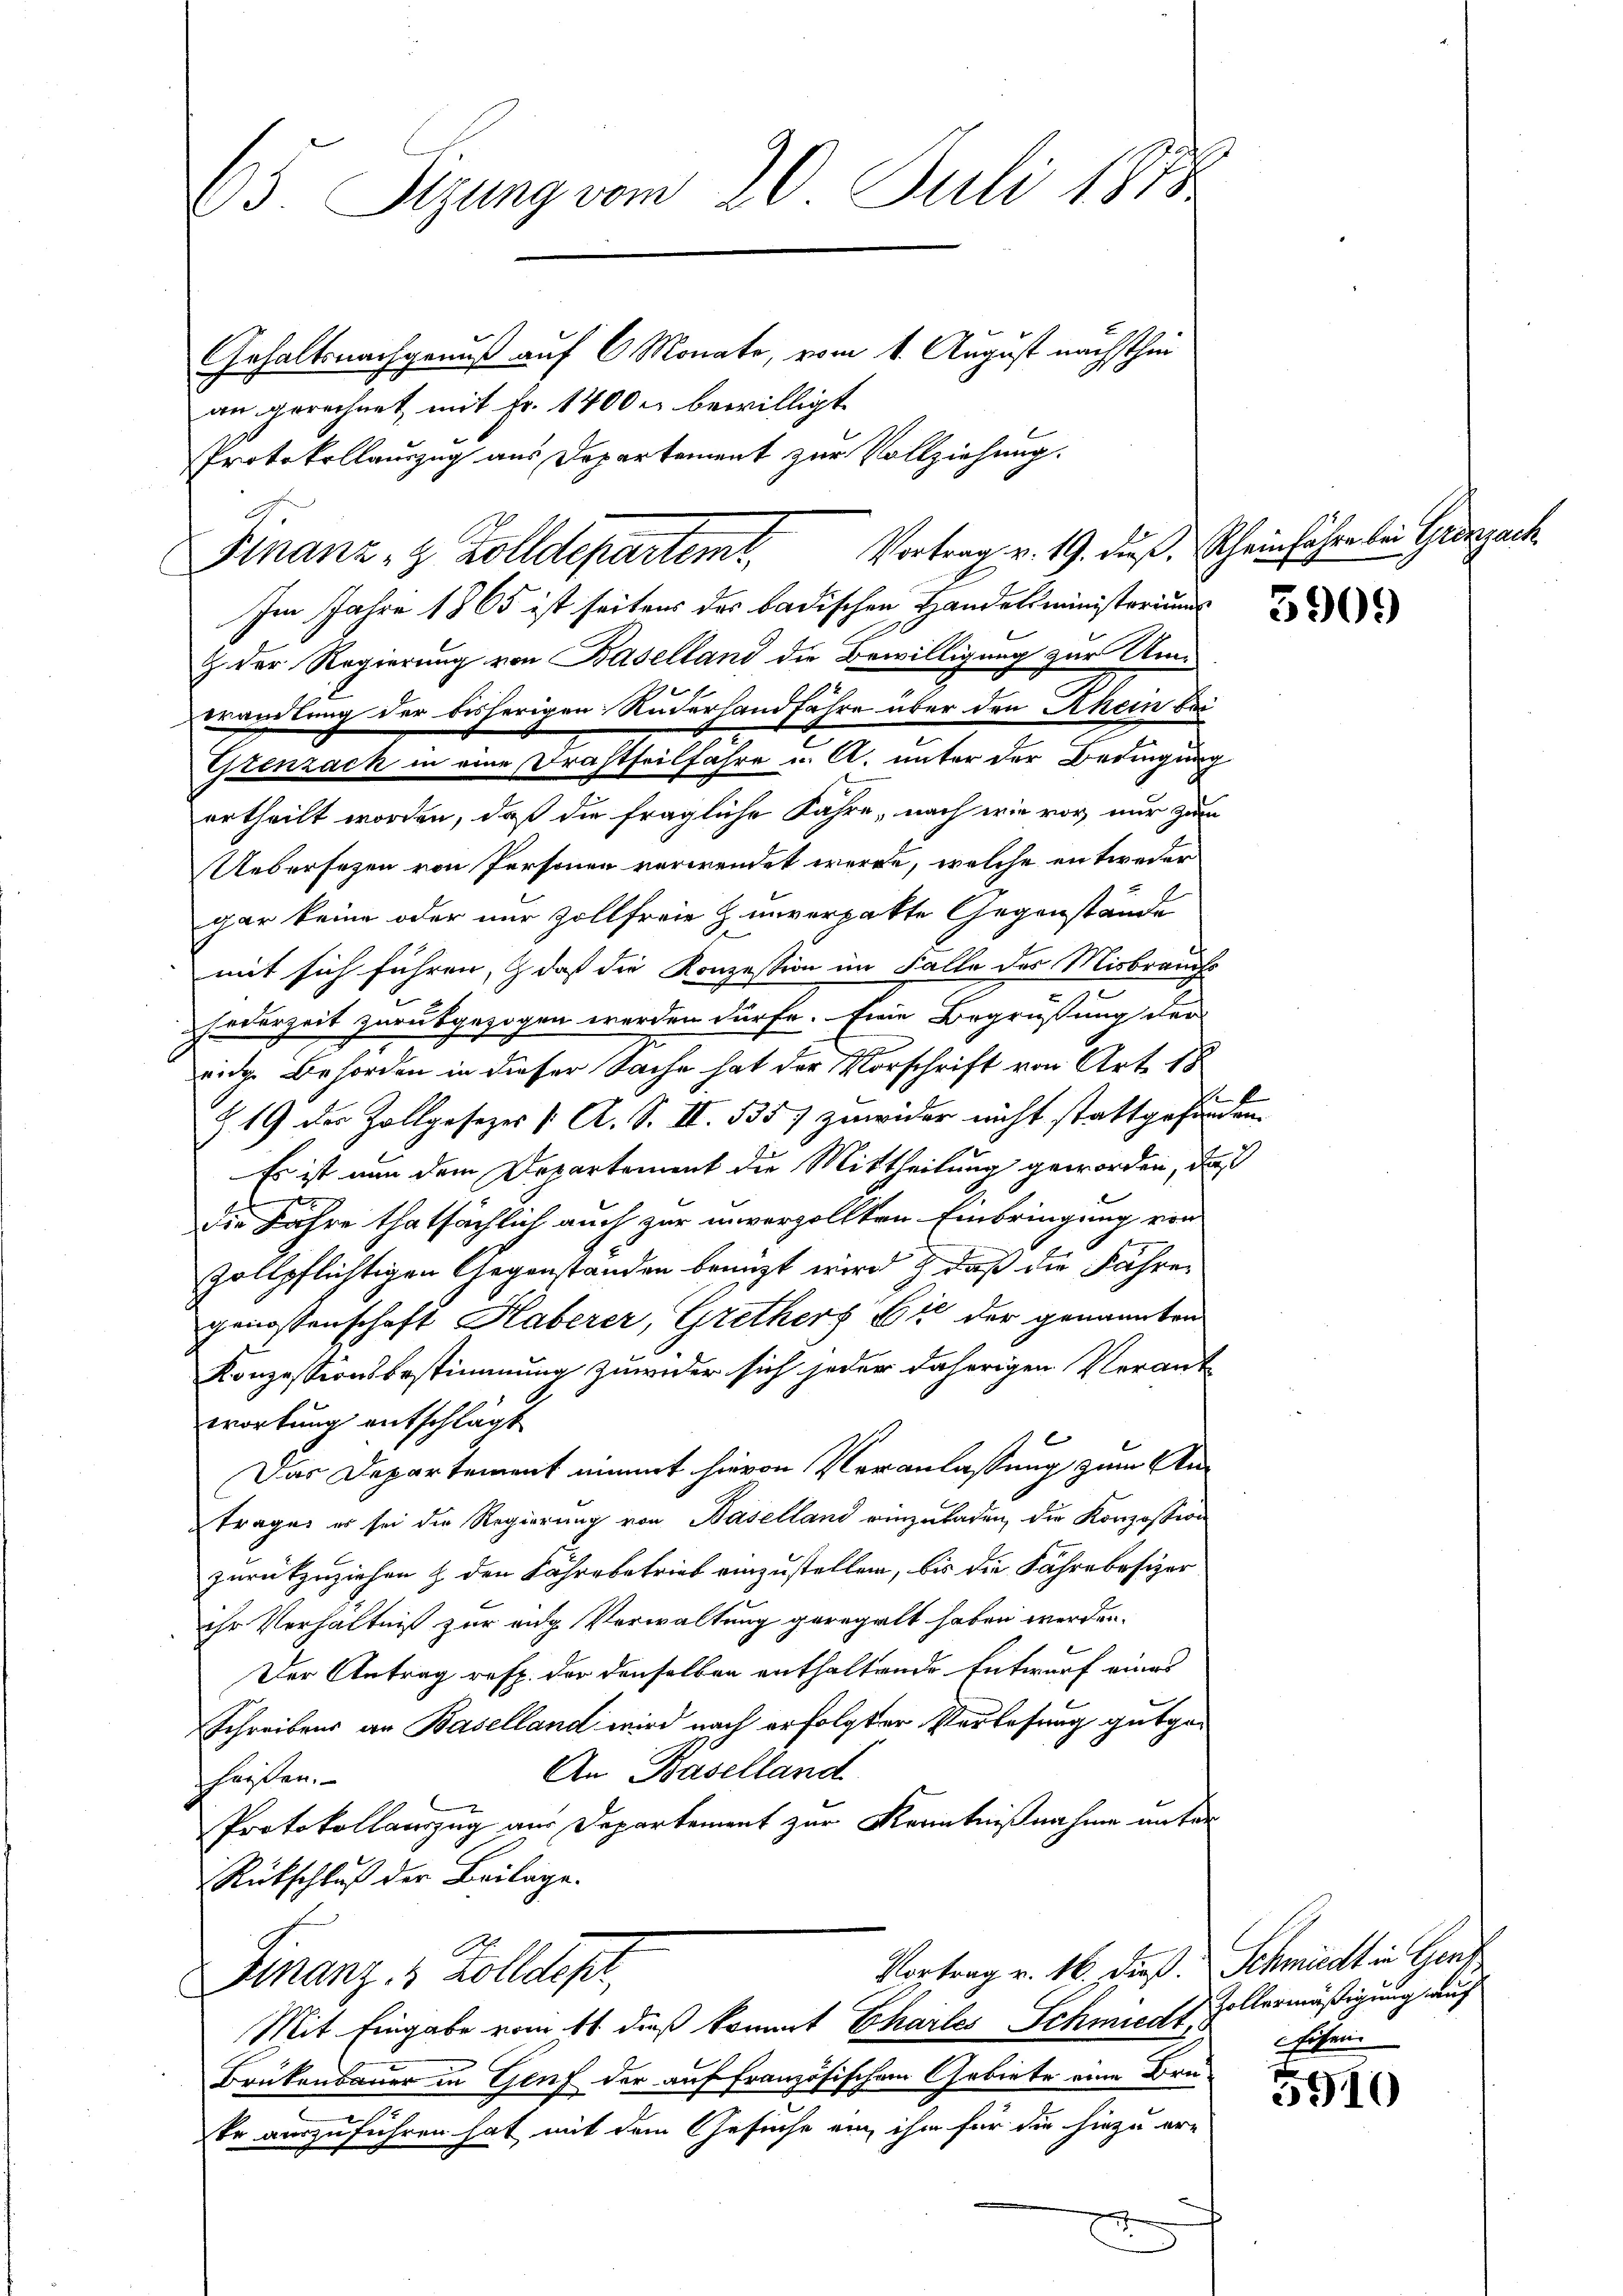
65. Sizung vom 20. Juli 1888
Gehaltsnachgenuß auf 6 Monate, vom 1. August nächsthin
an gerechnet, mit Fr. 1400 c. bewilligt.
Protokollauszug aus Departement zur Vollziehung.

Im Jahre 1865 ist seitens des badischen Handelsministerium
& der Regierung von Baselland die Bewilligung zur Umorandlung der bisherigen Ruderhandfahre über den Rhein bei
Grenzack in eine Drahtheilfahre u. A. unter der Bedingung
ertheilt worden, daß die fragliche Jahre, nach wie vor, nur zum
Uebersetzen von Personen verwendet werde, welche entweder
gar keine oder nur zollfreie H. unverpatte Gegenstände
mit sich führen, daß die Konzession im Falle des Misbrauchs
Federzeit zurückgezogen werden dürfe. Eine Begrüßung der
eige Behörden in dieser Sache hat der Vorschrift von Art. 18
2
219 der Zollgesezes [ A. S. II. 535 zuwider nicht stattgefunden.
Es ist nun dem Departement die Mittheilung geworden, daß
die Fahre thatsächlich auch zur unverzollten Einbringung von
zollpflichtigen Gegenstanden benuzt wird & daß die Fähren
genossenschaft Haberer, Gretherz 64 der genannten
Konzessionsbestimmung zuwider sich jeder daherigen Verant
wortung entschlägt
l
Das Departement nimmt hievon Veranlassung zum Antrages es sei die Regierung von Baselland einzuladen, die Konzession
zurückzuziehen & den Fahre betrieb einzustellen, bis die Fahre besizer
ihr Verhältniß zur aug Verwaltung geregelt haben werden.
Der Antrag resp. der denselben enthaltende Entwurf eines
Schreibens an Baselland wird nach erfolgter Verlesung gutge¬
An Baselland
heißen.
Protokollauszug aus Departement zur Kenntnißnahme unter
Rückschluß der Beilage.
Vortrag v. 16. dieß. Schmidt in Ger
Finanz- & Zolldept,
Mit Eingabe vom 11 dieß kommt Chartes Schmieds Zollermäßigung auf
Brükenbauer in Genf der auf französischem Gebiete eine Bra-
n
te auszuführen hat mit dem Gesuche ein ihm für die hiezu er-
e

Finanz- & Zolldepartemt

Vortrag v. 19. Auß. Rheinfahre bei Grenzack

Eisen.

5910